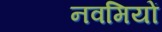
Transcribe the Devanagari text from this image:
नवमियों